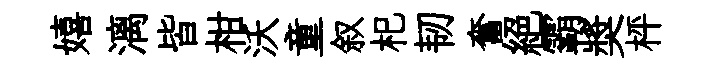
嬉漓皆柑沃童叙𣏌韧奮絕霸奬枰